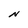
Character: N